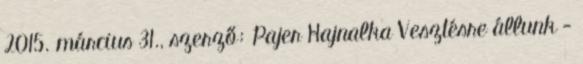
2015. március 31., szerző: Pajer Hajnalka Vesztésre állunk -